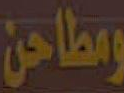
ومطاحن